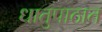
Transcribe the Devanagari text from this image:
धातुपाठात